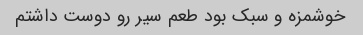
خوشمزه و سبک بود طعم سیر رو دوست داشتم